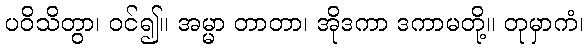
ပဝိသိတွာ၊ ဝင်၍။ အမ္မာ တာတာ၊ အိုဒကာ ဒကာမတို့။ တုမှာကံ၊